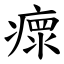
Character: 瘝